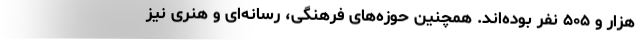
هزار و ۵۰۵ نفر بوده‌اند. همچنین حوزه‌های فرهنگی، رسانه‌ای و هنری نیز